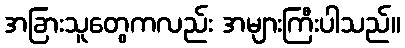
အခြားသူတွေကလည်း အများကြီးပါသည်။